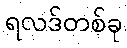
ရလဒ်တစ်ခု